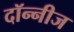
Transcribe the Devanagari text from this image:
दॉन्नीज